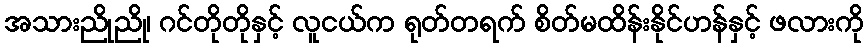
အသားညိုညို၊ ဂင်တိုတိုနှင့် လူငယ်က ရုတ်တရက် စိတ်မထိန်းနိုင်ဟန်နှင့် ဖလားကို